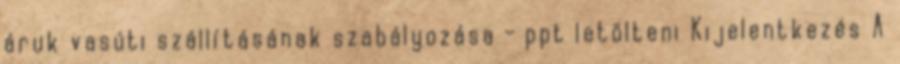
áruk vasúti szállításának szabályozása - ppt letölteni Kijelentkezés A